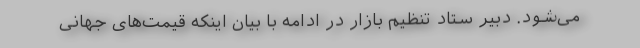
می‌شود. دبیر ستاد تنظیم بازار در ادامه با بیان اینکه قیمت‌های جهانی